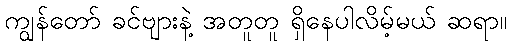
ကျွန်တော် ခင်ဗျားနဲ့ အတူတူ ရှိနေပါလိမ့်မယ် ဆရာ။